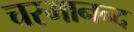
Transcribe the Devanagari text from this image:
चरमानन्द